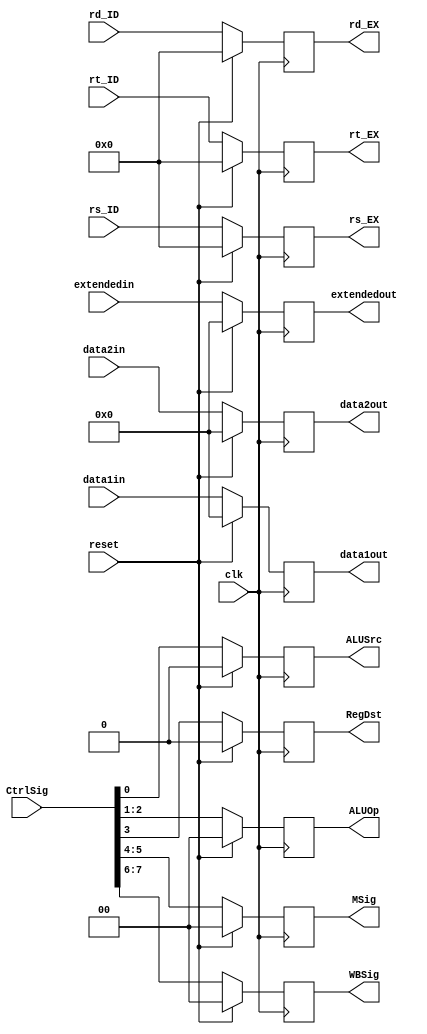
`timescale 1ns / 1ps
//////////////////////////////////////////////////////////////////////////////////
// Company: 
// Engineer: 
// 
// Design Name: 
// Module Name: ID_EX
// Project Name: 
// Target Devices: 
// Tool Versions: 
// Description: 
// 
// Dependencies: 
// 
// Revision:
// Revision 0.01 - File Created
// Additional Comments:
// 
//////////////////////////////////////////////////////////////////////////////////


module ID_EX(
input clk,reset,
input [7:0] CtrlSig,
input [31:0] data1in, data2in, extendedin,
input [4:0] rs_ID, rt_ID, rd_ID,
output reg [1:0] WBSig,
output reg [1:0] MSig,
output reg RegDst, 
output reg [1:0] ALUOp,
output reg ALUSrc,
output reg [31:0] data1out,data2out,extendedout,
output reg [4:0]  rs_EX, rt_EX, rd_EX);

always@(posedge clk)
if (reset){WBSig,MSig,RegDst,ALUOp,ALUSrc,data1out,data2out,extendedout,rs_EX,rt_EX,rd_EX} <= 0; 
else
begin
WBSig <= CtrlSig[7:6];
MSig <= CtrlSig[5:4];
RegDst <= CtrlSig[3];
ALUOp <= CtrlSig[2:1];
ALUSrc <= CtrlSig[0];
data1out <= data1in;
data2out <= data2in;
extendedout <= extendedin;
rs_EX <= rs_ID;
rt_EX <= rt_ID;
rd_EX <= rd_ID;
end

endmodule